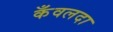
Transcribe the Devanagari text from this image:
कँवलदा